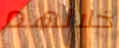
خلالهم